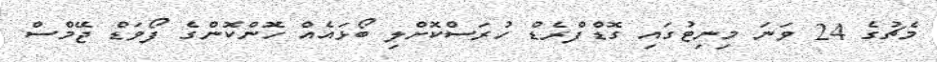
މެޗުގެ 24 ވަނަ މިނިޓުގައި ގޮޑްފްރެޑް ހުރަސްކޮށްލި ބޯޅައެއް ހޮންކޮންގެ ފޯވަޑް ޖޭމްސް